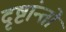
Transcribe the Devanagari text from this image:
दृष्टांन्तों